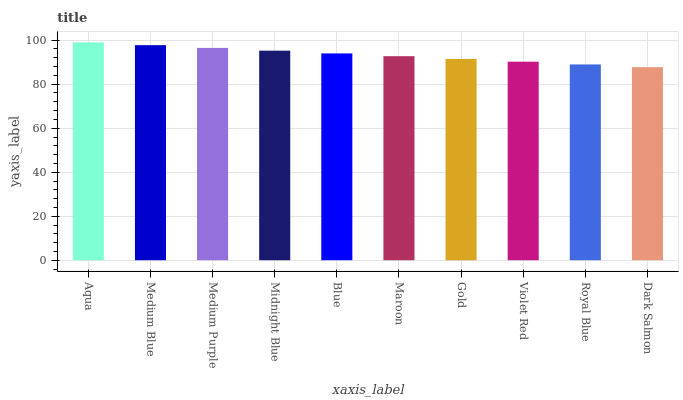
| xaxis_label | bars |
 | --- | --- |
 | Aqua | 99 |
 | Medium Blue | 97.7 |
 | Medium Purple | 96.5 |
 | Midnight Blue | 95.2 |
 | Blue | 94 |
 | Maroon | 92.7 |
 | Gold | 91.5 |
 | Violet Red | 90.2 |
 | Royal Blue | 89 |
 | Dark Salmon | 87.7 |